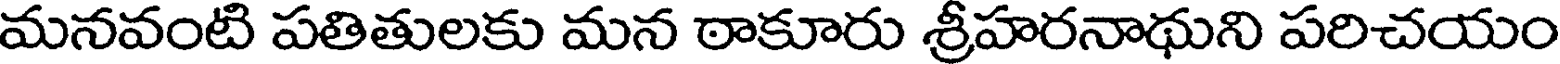
మనవంటి పతితులకు మన ఠాకూరు శ్రీహరనాథుని పరిచయం